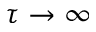
\tau \rightarrow \infty